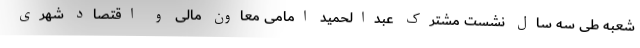
شعبه طی سه سال نشست مشترک عبدالحمید امامی معاون مالی و اقتصاد شهری